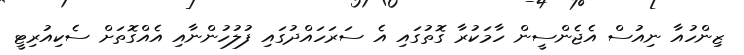
ޒިންހުއާ ނިއުސް އެޖެންސީން ހާމަކުރާ ގޮތުގައި އެ ސަރަހައްދުގައި ފުލުހުންނާއި އެއްގޮތަށް ސެކިއުރިޓީ